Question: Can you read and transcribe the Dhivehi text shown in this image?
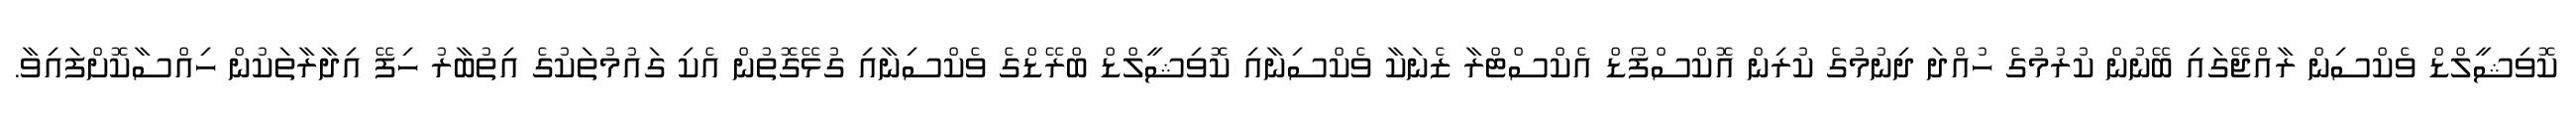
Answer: ކޮވިޝީލްޑް ވެކްސިން ރާއްޖޭގައި ބޭނުން ކުރުމުގެ ހުއްދަ ދިނުމުގެ ކުރިން އޮކްސްފޯޑް އެކްސްޓްރާ ޒެނަކާ ވެކްސިނާއި ކޮވިޝީލްޑް ބްރޭޑްގެ ވެކްސިނާއި ގުޅޭގޮތުން އެކި ގައުމުތަކުގެ އިތުބާރު ހިފޭ އިދާރާތަކުން ހިއްސާކޮށްފައިވާ.